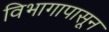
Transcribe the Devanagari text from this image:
विभागापासून